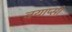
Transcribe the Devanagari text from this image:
बयाप्सी